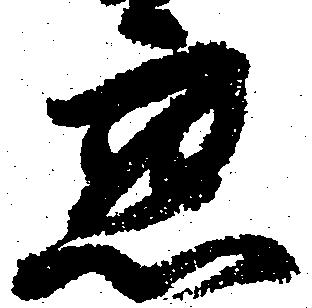
懇